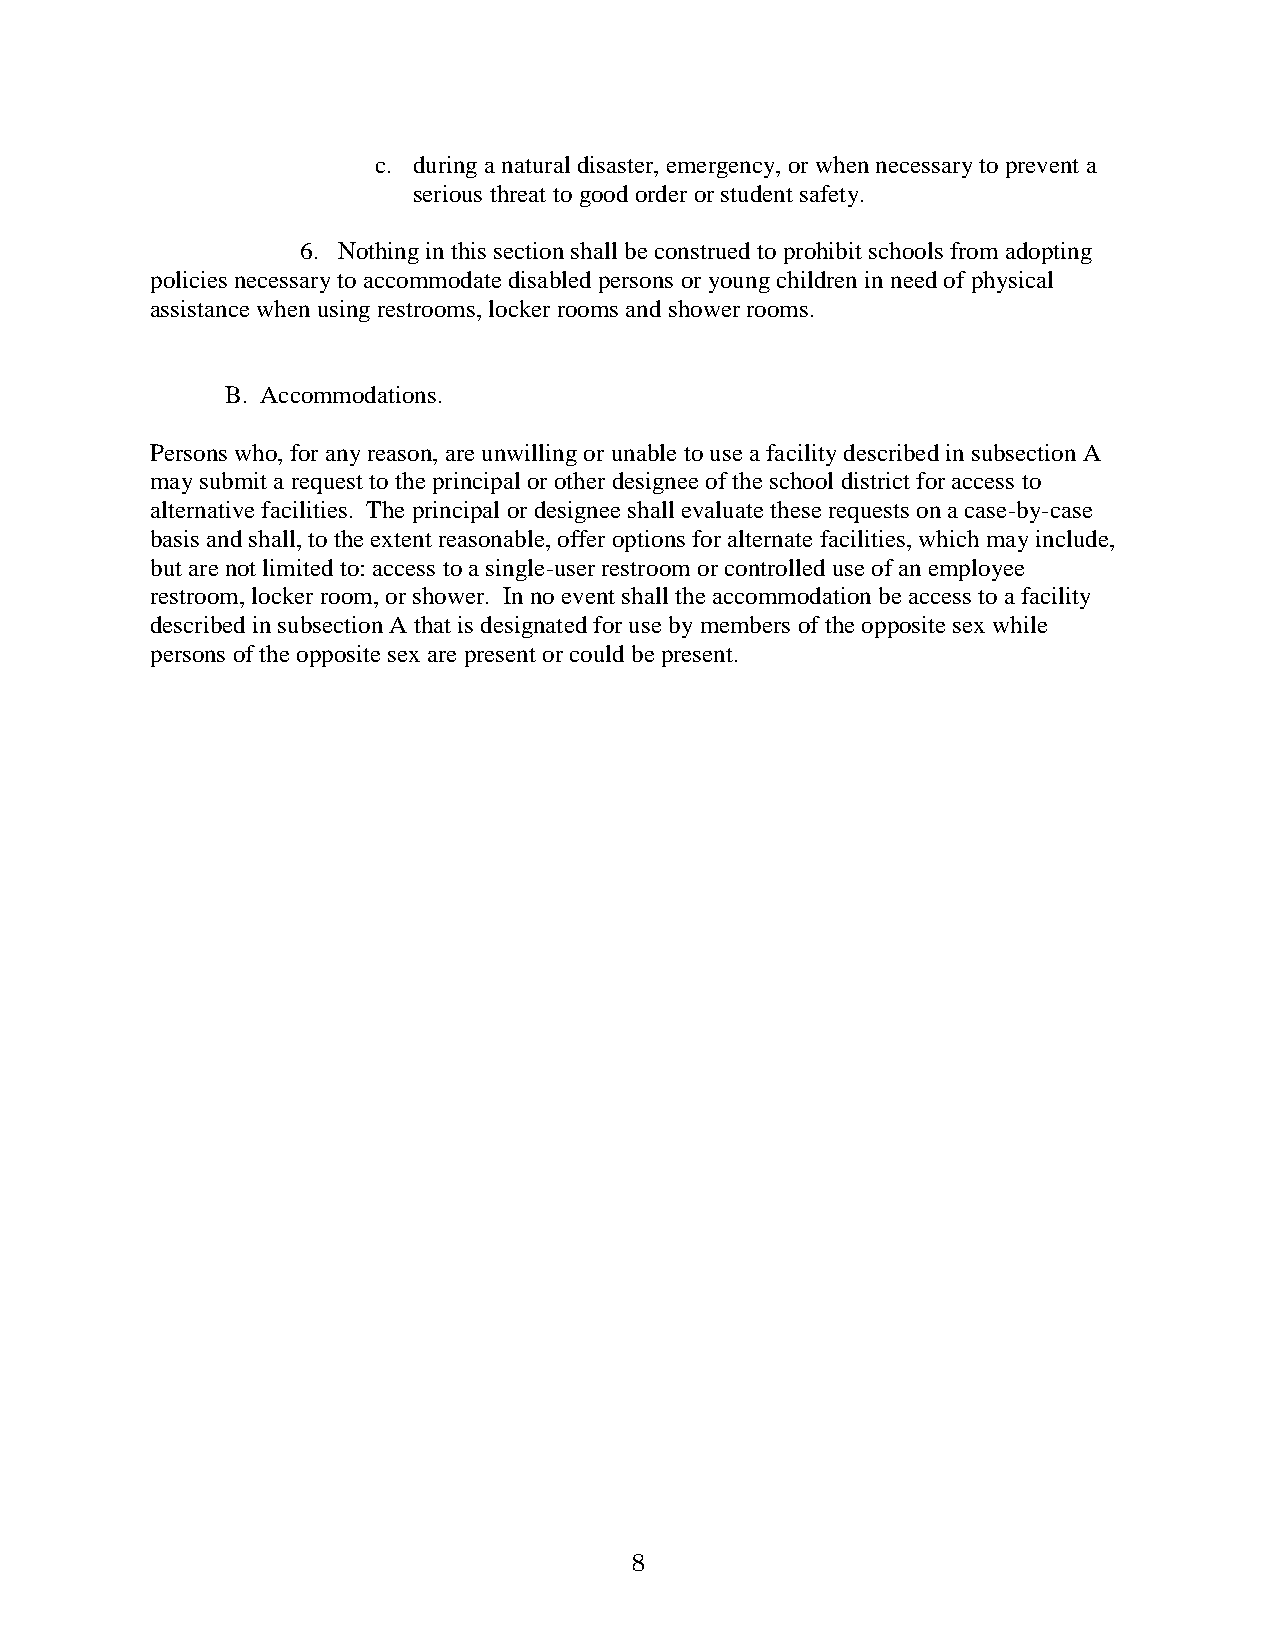
c. during a natural disaster, emergency, or when necessary to prevent a
 serious threat to good order or student safety.
 6. Nothing in this section shall be construed to prohibit schools from adopting
 policies necessary to accommodate disabled persons or young children in need of physical
 assistance when using restrooms, locker rooms and shower rooms.
 B. Accommodations.
 Persons who, for any reason, are unwilling or unable to use a facility described in subsection A
 may submit a request to the principal or other designee of the school district for access to
 alternative facilities. The principal or designee shall evaluate these requests on a case-by-case
 basis and shall, to the extent reasonable, offer options for alternate facilities, which may include,
 but are not limited to: access to a single-user restroom or controlled use of an employee
 restroom, locker room, or shower. In no event shall the accommodation be access to a facility
 described in subsection A that is designated for use by members of the opposite sex while
 persons of the opposite sex are present or could be present.
 8